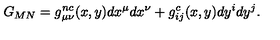
G _ { M N } = g _ { \mu \nu } ^ { n c } ( x , y ) d x ^ { \mu } d x ^ { \nu } + g _ { i j } ^ { c } ( x , y ) d y ^ { i } d y ^ { j } .